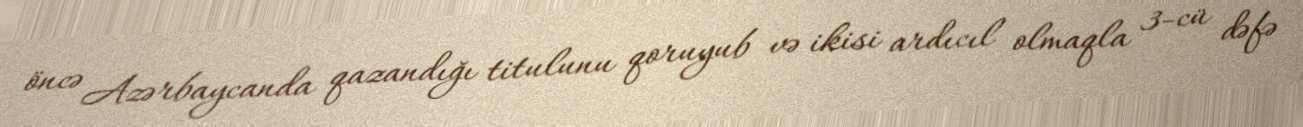
öncə Azərbaycanda qazandığı titulunu qoruyub və ikisi ardıcıl olmaqla 3-cü dəfə